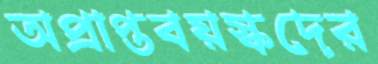
অপ্রাপ্তবয়স্কদের